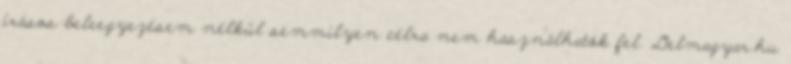
írásos beleegyezésem nélkül semmilyen célra nem használhatók fel. Delmagyar.hu